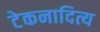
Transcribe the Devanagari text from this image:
टेकनादित्य